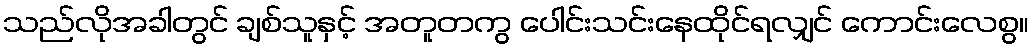
သည်လိုအခါတွင် ချစ်သူနှင့် အတူတကွ ပေါင်းသင်းနေထိုင်ရလျှင် ကောင်းလေစွ။